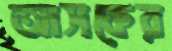
আসকের